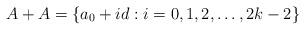
LaTeX: \begin{align*}A+A = \{a_0 + id: i = 0,1,2,\ldots, 2k-2\}\end{align*}